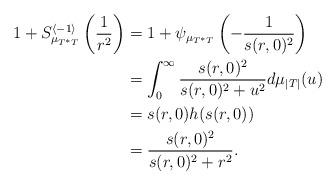
LaTeX: \begin{align*} 1+S^{\langle -1 \rangle}_{\mu_{T^*T}}\left(\frac{1}{r^2}\right)&=1+\psi_{\mu_{T^*T}}\left(-\frac{1}{s(r,0)^2}\right)\\ &=\int_0^\infty\frac{s(r,0)^2}{s(r,0)^2+u^2}d\mu_{|T|}(u)\\ &=s(r,0) h(s(r,0))\\ &= \frac{s(r,0)^2}{s(r,0)^2+r^2}.\end{align*}